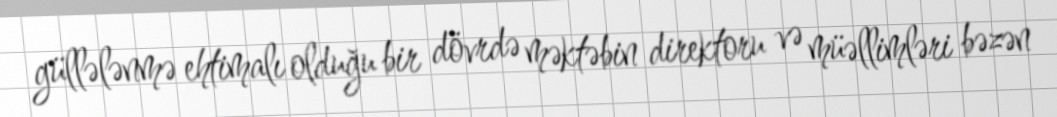
güllələnmə ehtimalı olduğu bir dövrdə məktəbin direktoru və müəllimləri bəzən